Report on vaccination in Madras 1877-1894 - 1877-1894
Year: 1877
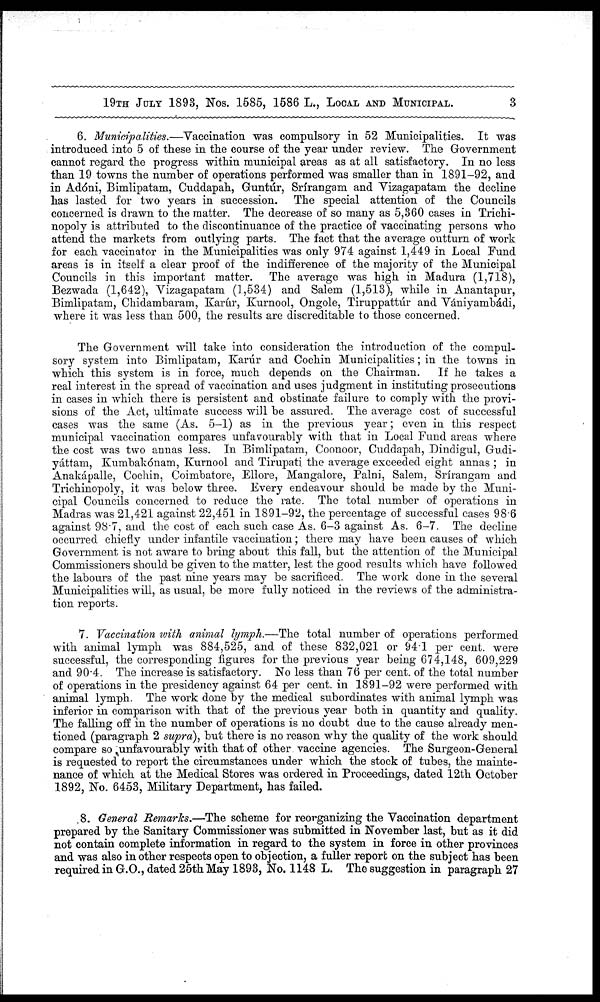
19TH JULY 1893, Nos. 1585, 1586 L., LOCAL AND MUNICIPAL.
3
6. Municipalities.—Vaccination was compulsory in 52 Municipalities. It was
introduced into 5 of these in the course of the year under review. The Government
cannot regard the progress within municipal areas as at all satisfactory. In no less
than 19 towns the number of operations performed was smaller than in 1891-92, and
in Adóni, Bimlipatam, Cuddapah, Guntúr, Srírangam and Vizagapatam the decline
has lasted for two years in succession. The special attention of the Councils
concerned is drawn to the matter. The decrease of so many as 5,360 cases in Trichi-
nopoly is attributed to the discontinuance of the practice of vaccinating persons who
attend the markets from outlying parts. The fact that the average outturn of work
for each vaccinator in the Municipalities was only 974 against 1,449 in Local Fund
areas is in itself a clear proof of the indifference of the majority of the Municipal
Councils in this important matter. The average was high in Madura (1,718),
Bezwada (1,642), Vizagapatam (1,534) and Salem (1,513), while in Anantapur,
Bimlipatam, Chidambaram, Karúr, Kurnool, Ongole, Tiruppattúr and Vániyambádi,
where it was less than 500, the results are discreditable to those concerned.
The Government will take into consideration the introduction of the compul-
sory system into Bimlipatam, Karúr and Cochin Municipalities; in the towns in
which this system is in force, much depends on the Chairman. If he takes a
real interest in the spread of vaccination and uses judgment in instituting prosecutions
in cases in which there is persistent and obstinate failure to comply with the provi-
sions of the Act, ultimate success will be assured. The average cost of successful
cases was the same (As. 5-1) as in the previous year; even in this respect
municipal vaccination compares unfavourably with that in Local Fund areas where
the cost was two annas less. In Bimlipatam, Coonoor, Cuddapah, Dindigul, Gudi-
yáttam, Kumbakónam, Kurnool and Tirupati the average exceeded eight annas ; in
Anakápalle, Cochin, Coimbatore, Ellore, Mangalore, Palni, Salem, Srírangam and
Trichinopoly, it was below three. Every endeavour should be made by the Muni-
cipal Councils concerned to reduce the rate. The total number of operations in
Madras was 21,421 against 22,451 in 1891-92, the percentage of successful cases 98.6
against 98.7, and the cost of each such case As. 6-3 against As. 6-7. The decline
occurred chiefly under infantile vaccination; there may have been causes of which
Government is not aware to bring about this fall, but the attention of the Municipal
Commissioners should be given to the matter, lest the good results which have followed
the labours of the past nine years may be sacrificed. The work done in the several
Municipalities will, as usual, be more fully noticed in the reviews of the administra-
tion reports.
7. Vaccination with animal lymph.—The total number of operations performed
with animal lymph was 884,525, and of these 832,021 or 94.1 per cent, were
successful, the corresponding figures for the previous year being 674,148, 609,229
and 90.4. The increase is satisfactory. No less than 76 per cent. of the total number
of operations in the presidency against 64 per cent. in 1891-92 were performed with
animal lymph. The work done by the medical subordinates with animal lymph was
inferior in comparison with that of the previous year both in quantity and quality.
The falling off in the number of operations is no doubt due to the cause already men-
tioned (paragraph 2 supra), but there is no reason why the quality of the work should
compare so unfavourably with that of other vaccine agencies. The Surgeon-General
is requested to report the circumstances under which the stock of tubes, the mainte-
nance of which at the Medical Stores was ordered in Proceedings, dated 12th October
1892, No. 6453, Military Department, has failed.
8. General Remarks.—The scheme for reorganizing the Vaccination department
prepared by the Sanitary Commissioner was submitted in November last, but as it did
not contain complete information in regard to the system in force in other provinces
and was also in other respects open to objection, a fuller report on the subject has been
required in G.O., dated 25th May 1893, No. 1148 L. The suggestion in paragraph 27